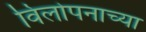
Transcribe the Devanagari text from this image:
विलोपनाच्या